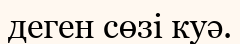
деген сөзі куә.